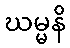
ဃမ္မနိ